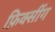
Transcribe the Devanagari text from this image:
फ़िक्सींग